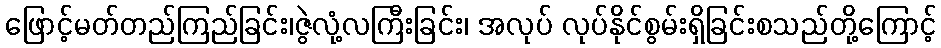
ဖြောင့်မတ်တည်ကြည်ခြင်း၊ဇွဲလုံ့လကြီးခြင်း၊ အလုပ် လုပ်နိုင်စွမ်းရှိခြင်းစသည်တို့ကြောင့်